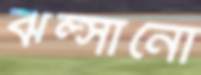
ঝল্‌সানো